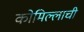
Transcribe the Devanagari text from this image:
कोमिल्लाची